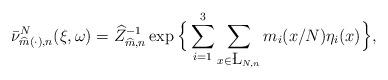
LaTeX: \begin{align*}\bar \nu_{\widehat m(\cdot),n}^N (\xi,\omega) = \widehat Z_{\widehat m,n}^{-1} \exp \Big\{ \sum_{i=1}^3 \sum_{x\in \L_{N,n}} m_i(x/N) \eta_i(x) \Big\},\end{align*}